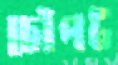
চৌপট